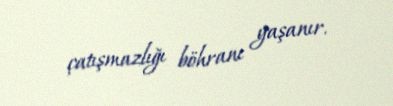
çatışmazlığı böhranı yaşanır.